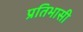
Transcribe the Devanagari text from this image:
प्रतिभासी